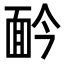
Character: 䩂